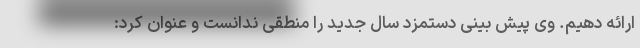
ارائه دهیم. وی پیش بینی دستمزد سال جدید را منطقی ندانست و عنوان کرد: